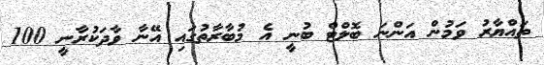
ތައްޔާރު ވަމުން އަންނަ ބޮލްޓް ބުނީ އެ މުބާރާތުގައި އޭނާ ވާދަކުރާނީ 100